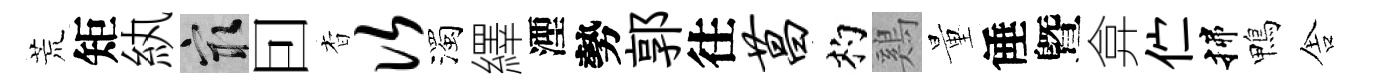
荒矩紈冣囙杳次濁繹湮勢郭往菖杓鷄量倕曁弇伫揲鴨舎